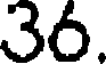
36.